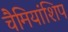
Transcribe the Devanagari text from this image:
चैमियांशिप